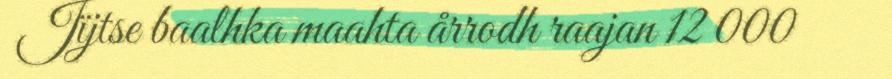
Jïjtse baalhka maahta årrodh raajan 12 000